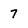
Character: 7